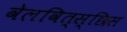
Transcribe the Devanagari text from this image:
वेलवित्स्छिस